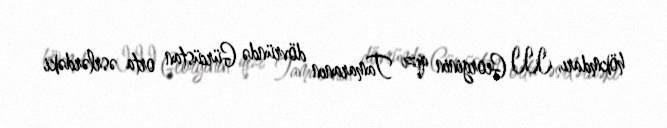
hökmdarı, III Georginin qızı Tamaranın dövründə Gürcüstan orta əsrlərdəki